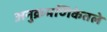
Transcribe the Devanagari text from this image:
अनुक्रमणिकेतले